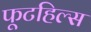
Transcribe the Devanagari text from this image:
फूटहिल्स